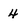
Character: 4